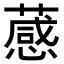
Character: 𦽫